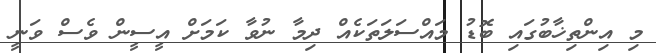
މި އިންތިޚާބުގައި ބޮޑު މައްސަލަތަކެއް ދިމާ ނުވާ ކަމަށް އީސީން ވެސް ވަނީ